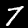
Label: 7